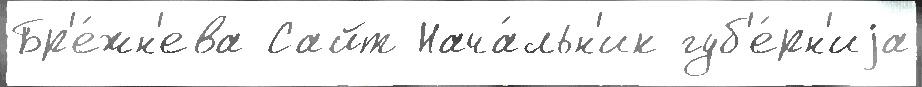
Бр'е́жн'ева Сайт Нача́льн'ик губ'е́рн'иjа